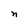
Character: n